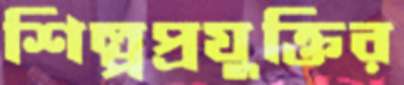
শিল্পপ্রযুক্তির